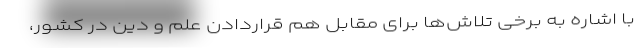
با اشاره به برخی تلاش‌ها برای مقابل هم قراردادن علم و دین در کشور،